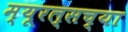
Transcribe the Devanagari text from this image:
म्यूरल्सच्या